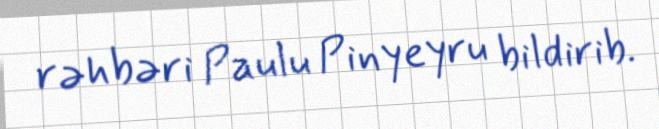
rəhbəri Paulu Pinyeyru bildirib.